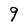
Character: g